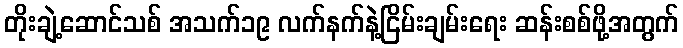
တိုးချဲ့ဆောင်သစ် အသက်၁၉ လက်နက်နဲ့ငြိမ်းချမ်းရေး ဆန်းစစ်ဖို့အတွက်